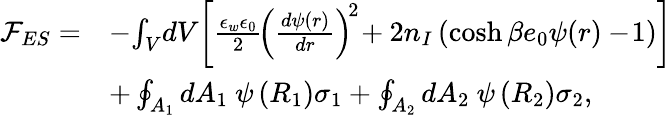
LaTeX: \begin{array}{rl}{{\mathcal F}_{ES}=}&{-\! \int_{V}\! dV\! \left[\frac{\epsilon_{w}\epsilon_{0}}{2}\! \left(\frac{d\psi(r)}{dr}\right)^{\! 2}\! +2n_{I}\left(\cosh{\beta e_{0}\psi(r)}-\! 1\right)\right]}\\ &{+\oint_{A_{1}}dA_{1}~\psi\left(R_{1}\right)\sigma_{1}+\oint_{A_{2}}dA_{2}~\psi\left(R_{2}\right)\sigma_{2},}\end{array}